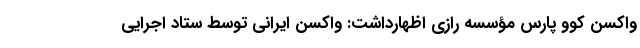
واکسن کوو پارس مؤسسه رازی اظهارداشت: واکسن ایرانی توسط ستاد اجرایی